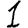
Digit: 1